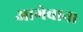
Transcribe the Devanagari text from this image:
आगेवान।